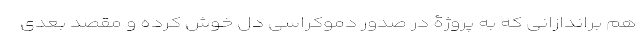
هم براندازانی که به پروژۀ در صدور دموکراسی دل خوش کرده و مقصد بعدی